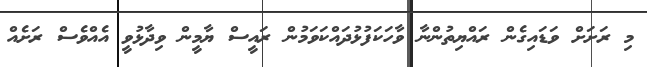
މި ރަށަށް ވަޑައިގެން ރައްޔިތުންނާ ވާހަކަފުޅުދައްކަވަމުން ރައީސް ޔާމީން ވިދާޅުވީ އެއްވެސް ރަށެއް